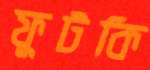
ফুটকি